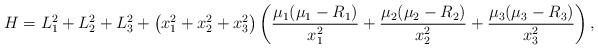
LaTeX: \begin{align*} H=L_1^2+L_2^2+L_3^2+\big(x_1^2+x_2^2+x_3^2\big) \left(\frac{\mu_1(\mu_1-R_1)}{x_1^2}+\frac{\mu_2(\mu_2-R_2)}{x_2^2}+\frac{\mu_3(\mu_3-R_3)}{x_3^2}\right),\end{align*}